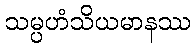
သမ္ပဟံသိယမာနဿ